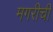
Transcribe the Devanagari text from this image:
मगरीची